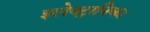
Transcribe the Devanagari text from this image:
इलेक्ट्रानिक।